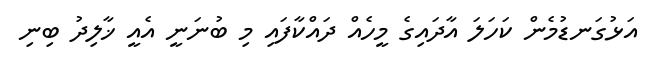
އަޅުގަނޑުމެން ކަހަލަ އާދައިގެ މީހެއް ދައްކާފައި މި ބުނަނީ އެއީ ޚާލިދު ބިނި